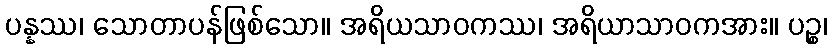
ပန္နဿ၊ သောတာပန်ဖြစ်သော။ အရိယသာဝကဿ၊ အရိယာသာဝကအား။ ပဉ္စ၊